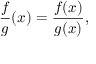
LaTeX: { \frac { f } { g } } ( x ) = { \frac { f ( x ) } { g ( x ) } } ,